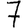
Digit: 7